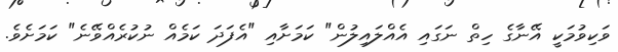
ވަކިވުމަކީ އޭނާގެ ހިތް ނަގައި އެއްލައިލުން" ކަމަށާއި "އެފަދަ ކަމެއް ނުކުރެއްވޭނެ" ކަމަށެވެ.